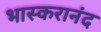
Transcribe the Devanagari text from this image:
भास्करानंद